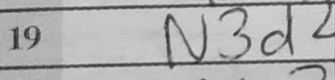
Transcription: N3d2